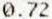
0.72